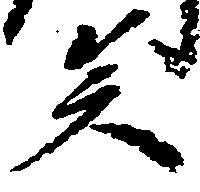
矣